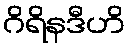
ဂိရိနဒီဟိ